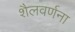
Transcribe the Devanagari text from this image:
शैलवर्णना